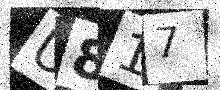
Text: U817